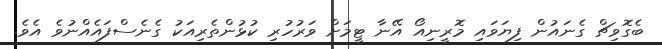
ބެގޮވިޗް ގެނައުން ފިޔަވައި މޮރީނިއޯ އޭނާ ޓީމަށް ވަރުހުރި ކުޅުންތެރިއަކު ގެނެސްފައެއްނުވެ އެވެ.